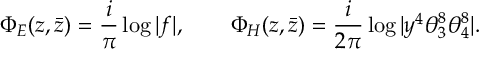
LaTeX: \Phi _ { E } ( z , \bar { z } ) = \frac { i } { \pi } \log \vert f \vert , \qquad \Phi _ { H } ( z , \bar { z } ) = \frac { i } { 2 \pi } \log \vert y ^ { 4 } \theta _ { 3 } ^ { 8 } \theta _ { 4 } ^ { 8 } \vert .